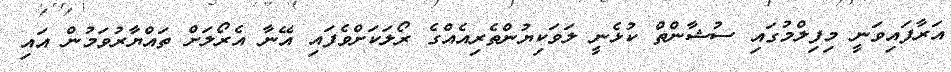
އަރާފައިވަނީ މިފިލްމުގައި ސުޝާންތް ކުޅެނީ ލަވަކިޔުންތެރިއެއްގެ ރޯލަކަށްވެފައި އޭނާ އެރޯލަށް ތައްޔާރުވަމުން އައި